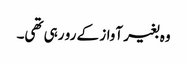
وہ بغیر آواز کے رو رہی تھی۔